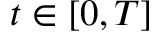
t \in [ 0 , T ]